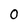
Character: 0